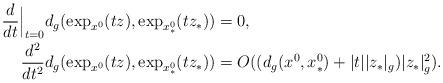
LaTeX: \begin{align*}\frac{d}{dt}\Big|_{t = 0} d_g(\exp_{x^{0}}(t z), \exp_{x^{0}_*}(t z_*)) & = 0,\\\frac{d^2}{dt^2} d_g(\exp_{x^{0}}(t z), \exp_{x^{0}_*}(t z_*)) & = O((d_g(x^{0}, x^{0}_*) + |t||z_*|_g) |z_*|_g^2) .\end{align*}